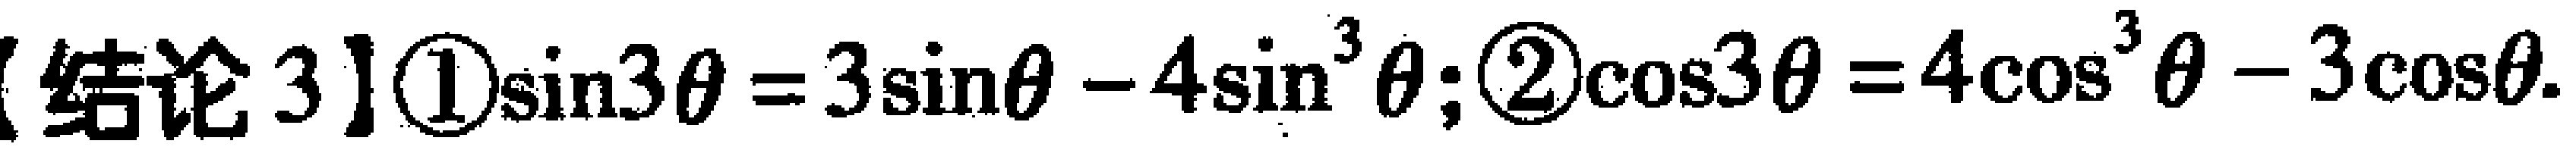
【结论 3】\textcircled{1}$\sin3\theta = 3\sin\theta - 4\sin^{3}\theta$; \textcircled{2}$\cos3\theta = 4\cos^{3}\theta - 3\cos\theta$.